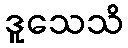
ဒူသေသိ